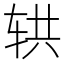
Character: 𰺄